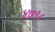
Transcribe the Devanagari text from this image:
४७१८